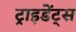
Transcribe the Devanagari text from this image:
ट्राइडेंट्स